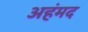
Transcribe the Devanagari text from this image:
अहंमद